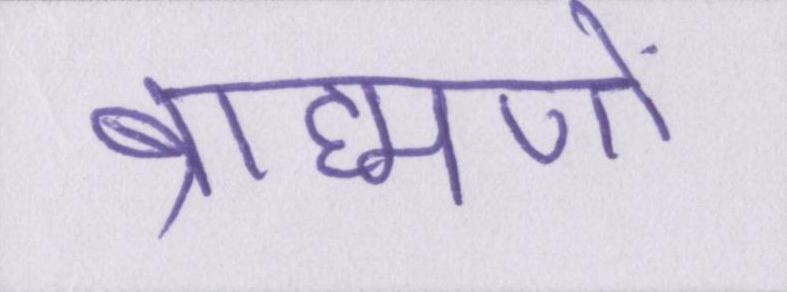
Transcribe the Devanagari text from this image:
ब्राह्मणों